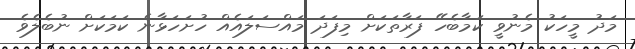
މަދު މީހަކު މެނުވީ ކަމާބެހޭ ފަރާތަކަށް މިފަދަ މައްސަލައެއް ހުށަހަޅާނެ ކަމަކަށް ނުބެލެވެ